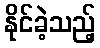
နိုင်ခဲ့သည့်